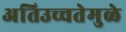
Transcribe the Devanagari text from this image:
अतिउच्चतेमुळे